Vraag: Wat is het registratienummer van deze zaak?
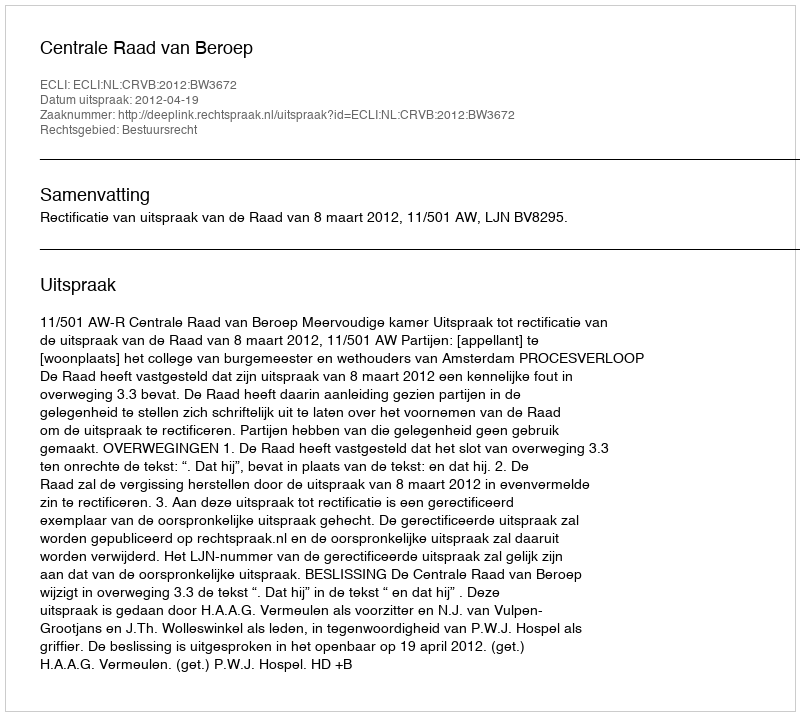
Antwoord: http://deeplink.rechtspraak.nl/uitspraak?id=ECLI:NL:CRVB:2012:BW3672